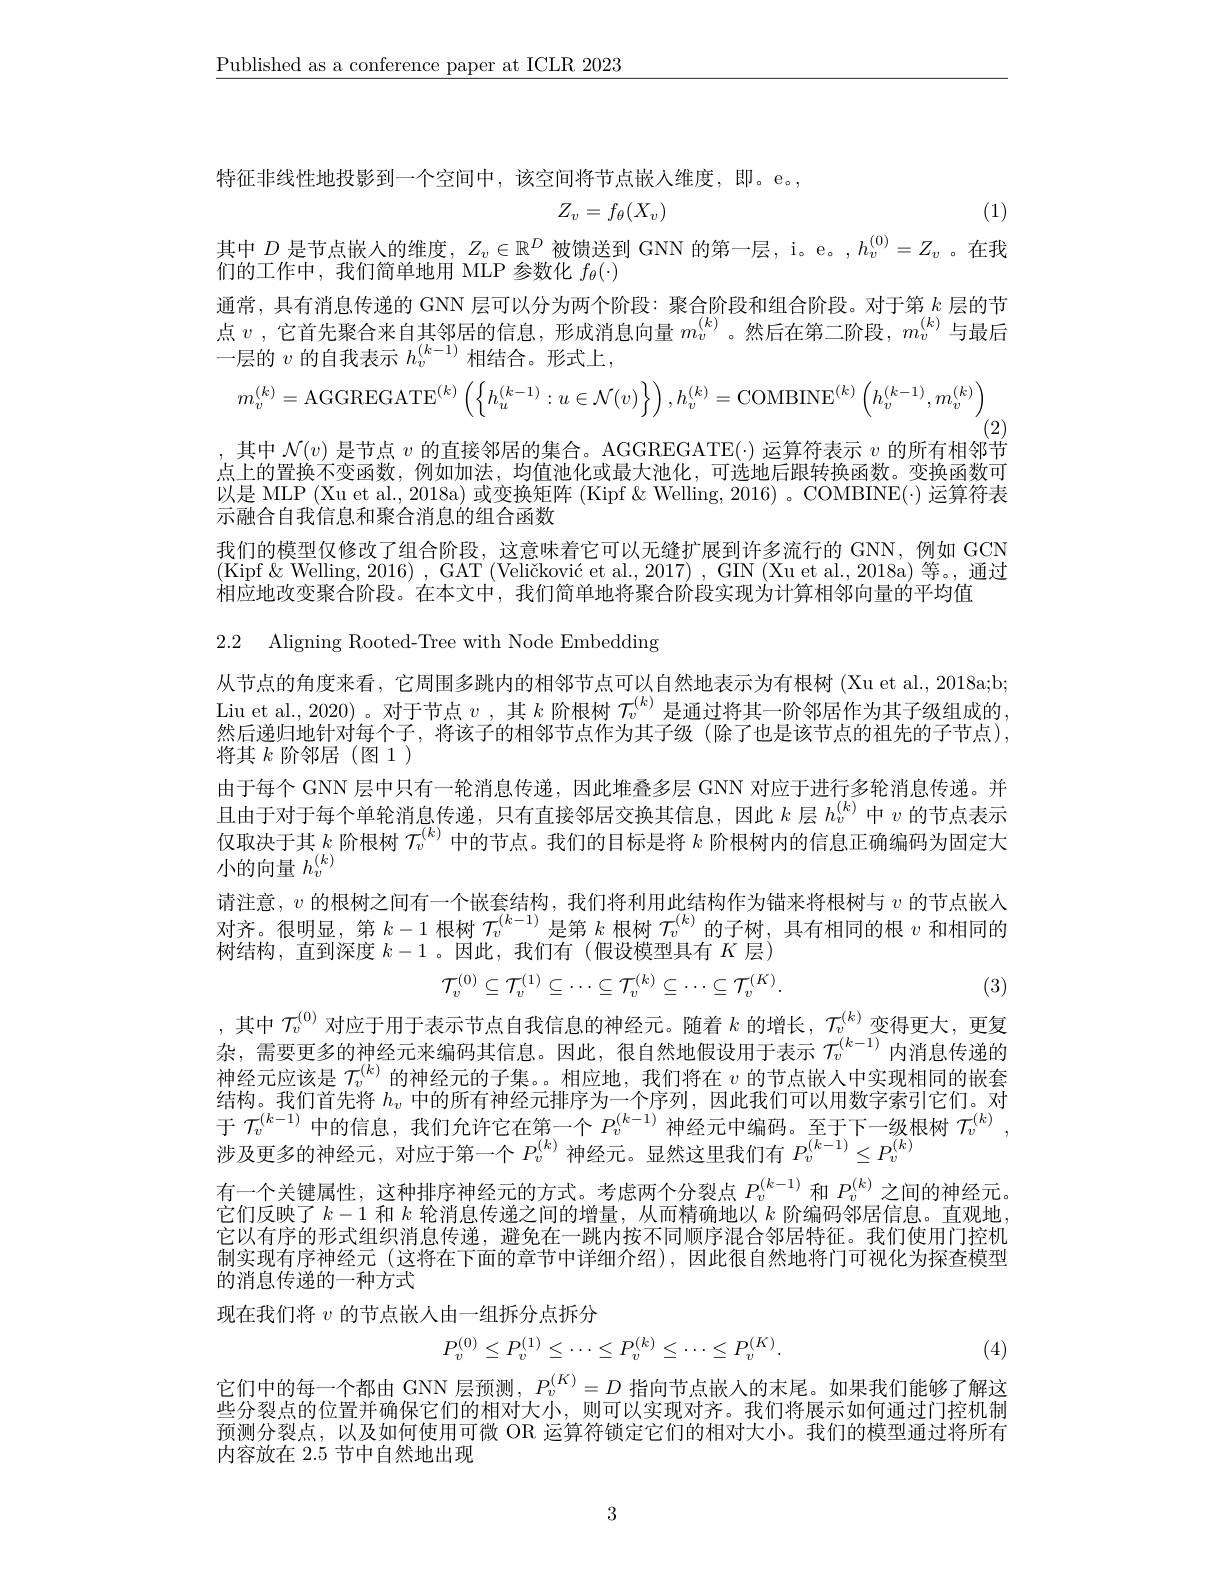
$\underline{\text{Published as a conference paper at ICLR 2023}}$

特征非线性地投影到一个空间中，该空间将节点嵌人维度，即。e。,
$$Z_v=f_\theta(X_v)$$
(1)

其中$D$是节点嵌人的维度$,Z_v\in\mathbb{R}^D$被馈送到 GNN 的第一层，i。e。$,h_v^{(0)}=Z_v$ 。在我
们的工作中，我们简单地用 MLP 参数化$f_\theta(\cdot)$

通常，具有消息传递的 GNN 层可以分为两个阶段：聚合阶段和组合阶段。对于第$k$层的节点$v$ ,它首先聚合来自其邻居的信息，形成消息向量$m_v^{(k)}$。然后在第二阶段，$m_v^{(k)}$与最后一层的$v$的自我表示$h_v^{(k-1)}$相结合。形式上，
$$m_{v}^{(k)}=\text{AGGREGATE}^{(k)}\left(\left\{h_{u}^{(k-1)}:u\in\mathcal{N}(v)\right\}\right),h_{v}^{(k)}=\text{COMBINE}^{(k)}\left(h_{v}^{(k-1)},m_{v}^{(k)}\right)$$
$^{'(2)}$
其中$\mathcal{N}(v)$是节点$v$的直接邻居的集合。AGGREGATE(-) 运算符表示$v$的所有相邻节

点上的置换不变函数，例如加法，均值池化或最大池化，可选地后跟转换函数。变换函数可以是 MLP (Xu et al., 2018a) 或变换矩阵 (Kipf &Welling, 2016) 。COMBINE(·) 运算符表示融合自我信息和聚合消息的组合函数
我们的模型仅修改了组合阶段，这意味着它可以无缝扩展到许多流行的 GNN,例如 GCN (Kipf &Welling, 2016) , GAT (Veličković et al., 2017) , GIN (Xu et al., 2018a) 等。, 通过相应地改变聚合阶段。在本文中，我们简单地将聚合阶段实现为计算相邻向量的平均值

2.2 Aligning Rooted-Tree with Node Embedding
从节点的角度来看，它周围多跳内的相邻节点可以自然地表示为有根树 (Xu et al., 2018a;b; Liu et al., 2020)。对于节点$v$ , 其 $k$阶根树$\mathcal{T}_v^{(k)}$是通过将其一阶邻居作为其子级组成的， 然后递归地针对每个子，将该子的相邻节点作为其子级(除了也是该节点的祖先的子节点), 将其$k$阶邻居(图 1 )
由于每个 GNN 层中只有一轮消息传递，因此堆叠多层 GNN 对应于进行多轮消息传递。并且由于对于每个单轮消息传递，只有直接邻居交换其信息，因此$k$层$h_v^{(k)}$中$v$的节点表示仅取决于其$k$阶根树$\mathcal{T}_v^{(k)}$中的节点。我们的目标是将$k$阶根树内的信息正确编码为固定大小的向量$h_v^{(k)}$
请注意，$v$的根树之间有一个嵌套结构，我们将利用此结构作为锚来将根树与$\upsilon$的节点嵌人对齐。很明显，第$k-1$根树$\mathcal{T}_v^{(k-1)}$是第$k$根树$\mathcal{T}_v^{(k)}$的子树，具有相同的根$v$和相同的树结构，直到深度$k-1$ 。因此，我们有(假设模型具有$K$层)
$$\mathcal{T}_{v}^{(0)}\subseteq\mathcal{T}_{v}^{(1)}\subseteq\cdots\subseteq\mathcal{T}_{v}^{(k)}\subseteq\cdots\subseteq\mathcal{T}_{v}^{(K)}.$$
(3)
,其中$\mathcal{T}_v^{(0)}$对应于用于表示节点自我信息的神经元。随着$k$的增长，$\mathcal{T}_v^{(k)}$变得更大，更复杂，需要更多的神经元来编码其信息。因此，很自然地假设用于表示$\mathcal{T}_v^{(k-1)}$内消息传递的神经元应该是$\mathcal{T}_v^{(k)}$的神经元的子集。。相应地，我们将在$v$的节点嵌人中实现相同的嵌套件故 我们关生败$\iota$中的印女神经一世启为人官到 四北升纪可以田半它表马宁纪结构。我们首先将$h_v$中的所有神经元排序为一个序列，因此我们可以用数字索引它们。对于$\mathcal{T}_v^{(k-1)}$中的信息，我们允许它在第一个$P_v^{(k-1)}$神经元中编码。至于下一级根树$\mathcal{T}_v^{(k)}$ 涉及更多的神经元，对应于第一个$P_v^{(k)}$神经元。显然这里我们有$P_v^{(k-1)}\leq P_v^{(k)}$
有一个关键属性，这种排序神经元的方式。考虑两个分裂点$P_v^{(k-1)}$和$P_v^{(k)}$之间的神经元。它们反映了$k-1$和$k$轮消息传递之间的增量，从而精确地以$k$阶编码邻居信息。直观地它以有序的形式组织消息传递，避免在一跳内按不同顺序混合邻居特征。我们使用门控机制实现有序神经元 (这将在下面的章节中详细介绍),因此很自然地将门可视化为探查模型的消息传递的一种方式
现在我们将$v$的节点嵌人由一组拆分点拆分
$$P_{v}^{(0)}\leq P_{v}^{(1)}\leq\cdots\leq P_{v}^{(k)}\leq\cdots\leq P_{v}^{(K)}.$$
(4)
它们中的每一个都由 GNN 层预测，$P_v^{(K)}=D$指向节点嵌入的末尾。如果我们能够了解这些分裂点的位置并确保它们的相对大小，则可以实现对齐。我们将展示如何通过门控机制预测分裂点，以及如何使用可微 OR 运算符锁定它们的相对大小。我们的模型通过将所有内容放在 2.5 节中自然地出现
3